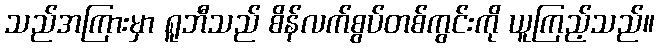
သည်အကြားမှာ ရူဘီသည် စိန်လက်စွပ်တစ်ကွင်းကို ယူကြည့်သည်။